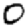
Digit: 0